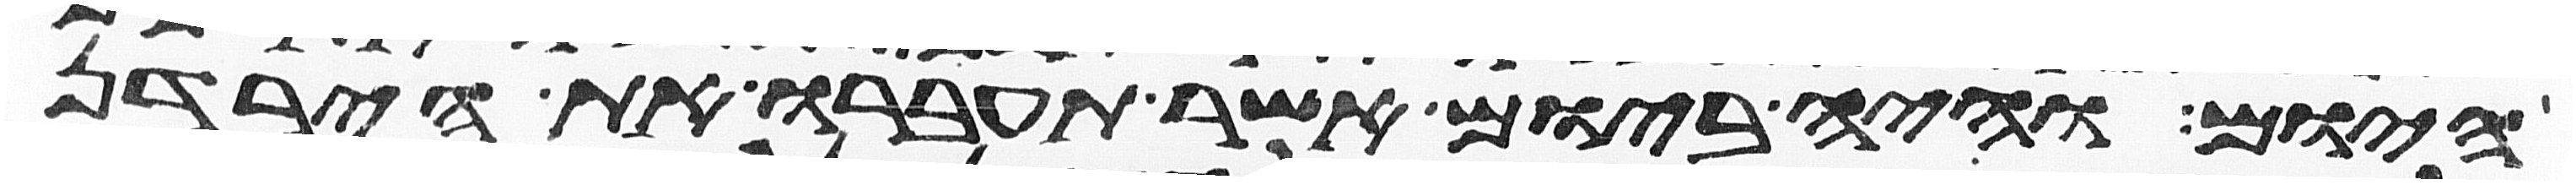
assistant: היום והיה ביום אשר תעברו את הירדן